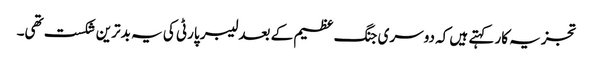
تجزیہ کار کہتے ہیں کہ دوسری جنگ عظیم کے بعد لیبر پارٹی کی یہ بدترین شکست تھی۔